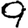
Digit: 9